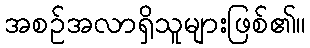
အစဉ်အလာရှိသူများဖြစ်၏။